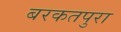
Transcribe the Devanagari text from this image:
बरकतपुरा